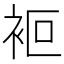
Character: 𧙅